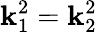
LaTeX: \mathbf{k}_{1}^{2}=\mathbf{k}_{2}^{2}